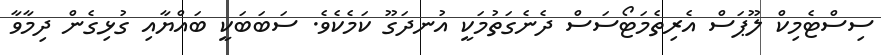
ސިސްޓެމިކް ލޫޕަސް އެރިތެމަޓޯސަސް ދެނެގަތުމަކީ އުނދަގޫ ކަމެކެވެ. ސަބަބަކީ ބައްޔާއި ގުޅިގެން ދިމާވާ